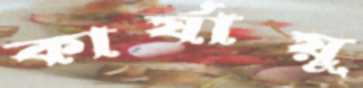
কার্যায়ু